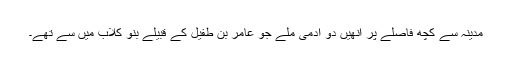
مدینہ سے کچھ فاصلے پر انھیں دو آدمی ملے جو عامر بن طفیل کے قبیلے بنو کلاب میں سے تھے۔